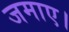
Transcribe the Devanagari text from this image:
जमाए।